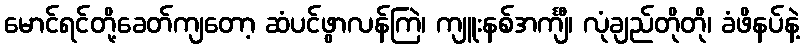
မောင်ရင်တို့ခေတ်ကျတော့ ဆံပင်ဖွာလန်ကြဲ၊ ကျူးနစ်အင်္ကျီ၊ လုံချည်တိုတို၊ ခံဖိနပ်နဲ့